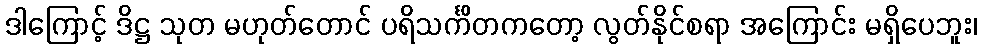
ဒါကြောင့် ဒိဋ္ဌ သုတ မဟုတ်တောင် ပရိသင်္ကိတကတော့ လွတ်နိုင်စရာ အကြောင်း မရှိပေဘူး၊